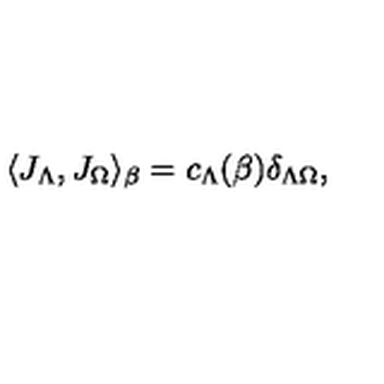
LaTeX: \langle { J } _ { \Lambda } , { J } _ { \Omega } \rangle _ { \beta } = c _ { \Lambda } ( \beta ) \delta _ { \Lambda \Omega } ,